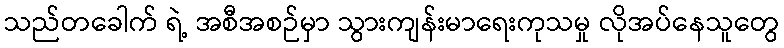
သည်တခေါက် ရဲ့ အစီအစဉ်မှာ သွားကျန်းမာရေးကုသမှု လိုအပ်နေသူတွေ